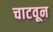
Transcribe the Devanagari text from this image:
चाटवून